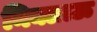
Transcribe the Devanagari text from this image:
निक्लाऊ